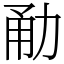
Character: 勈